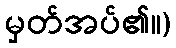
မှတ်အပ်၏။)